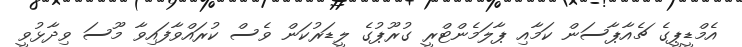
އެމްޑީޕީގެ ޗެއާޕާސަން ކަމާއި ޕާލަމެންޓްރީ ގުރޫޕުގެ ލީޑަރުކަން ވެސް ކުރައްވާފައިވާ މޫސަ ވިދާޅުވީ